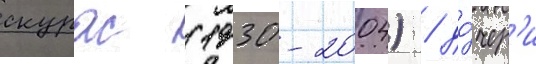
скурас (1930-2004) / до́чер'и